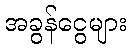
အခွန်ငွေများ